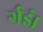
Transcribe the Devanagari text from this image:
र्गइं।